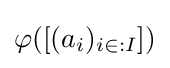
\varphi ([(a_{i})_{i\in :I}])